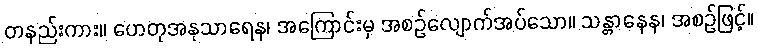
တနည်းကား။ ဟေတုအနုသာရေန၊ အကြောင်းမှ အစဉ်လျောက်အပ်သော။ သန္တာနေန၊ အစဉ်ဖြင့်။